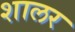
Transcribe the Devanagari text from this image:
शालर